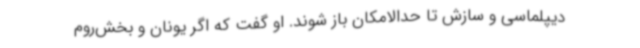
دیپلماسی و سازش تا حدالامکان باز شوند. او گفت که اگر یونان و بخش‌روم